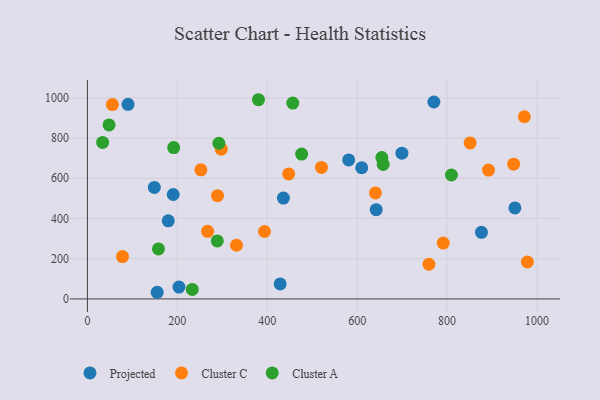
{"axis": {"x": "Price", "y": "Sales"}, "legend": ["Cluster A", "Cluster C", "Projected"], "data": [{"x": "148.8", "y": 554.6, "type": "Projected"}, {"x": "155.2", "y": 33.0, "type": "Projected"}, {"x": "699.5", "y": 724.8, "type": "Projected"}, {"x": "428.7", "y": 74.4, "type": "Projected"}, {"x": "770.6", "y": 979.5, "type": "Projected"}, {"x": "610.1", "y": 652.4, "type": "Projected"}, {"x": "581.1", "y": 691.4, "type": "Projected"}, {"x": "642.3", "y": 443.6, "type": "Projected"}, {"x": "876.5", "y": 331.1, "type": "Projected"}, {"x": "203.6", "y": 59.1, "type": "Projected"}, {"x": "950.8", "y": 452.3, "type": "Projected"}, {"x": "179.8", "y": 388.2, "type": "Projected"}, {"x": "190.8", "y": 519.2, "type": "Projected"}, {"x": "90.3", "y": 967.8, "type": "Projected"}, {"x": "435.9", "y": 501.4, "type": "Projected"}, {"x": "331.6", "y": 266.9, "type": "Cluster C"}, {"x": "851.3", "y": 775.7, "type": "Cluster C"}, {"x": "640.6", "y": 526.9, "type": "Cluster C"}, {"x": "267.4", "y": 336.1, "type": "Cluster C"}, {"x": "791.4", "y": 277.7, "type": "Cluster C"}, {"x": "759.6", "y": 172.5, "type": "Cluster C"}, {"x": "520.6", "y": 653.9, "type": "Cluster C"}, {"x": "55.5", "y": 966.4, "type": "Cluster C"}, {"x": "78.0", "y": 210.6, "type": "Cluster C"}, {"x": "948.1", "y": 670.1, "type": "Cluster C"}, {"x": "447.7", "y": 621.8, "type": "Cluster C"}, {"x": "297.7", "y": 744.8, "type": "Cluster C"}, {"x": "971.9", "y": 905.9, "type": "Cluster C"}, {"x": "892.1", "y": 640.7, "type": "Cluster C"}, {"x": "978.6", "y": 183.5, "type": "Cluster C"}, {"x": "393.8", "y": 335.4, "type": "Cluster C"}, {"x": "289.4", "y": 513.5, "type": "Cluster C"}, {"x": "252.4", "y": 642.1, "type": "Cluster C"}, {"x": "288.9", "y": 288.2, "type": "Cluster A"}, {"x": "456.7", "y": 974.2, "type": "Cluster A"}, {"x": "654.9", "y": 703.1, "type": "Cluster A"}, {"x": "380.5", "y": 990.7, "type": "Cluster A"}, {"x": "657.9", "y": 668.8, "type": "Cluster A"}, {"x": "292.4", "y": 774.1, "type": "Cluster A"}, {"x": "476.5", "y": 720.4, "type": "Cluster A"}, {"x": "191.8", "y": 752.5, "type": "Cluster A"}, {"x": "48.1", "y": 865.5, "type": "Cluster A"}, {"x": "809.7", "y": 616.3, "type": "Cluster A"}, {"x": "158.0", "y": 248.8, "type": "Cluster A"}, {"x": "33.8", "y": 778.4, "type": "Cluster A"}, {"x": "233.2", "y": 47.1, "type": "Cluster A"}]}